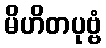
မိဟိတပုဗ္ဗံ